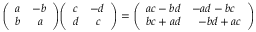
{ \left( \begin{array} { l l } { a } & { - b } \\ { b } & { \; \; a } \end{array} \right) } { \left( \begin{array} { l l } { c } & { - d } \\ { d } & { \; \; c } \end{array} \right) } = { \left( \begin{array} { l l } { a c - b d } & { - a d - b c } \\ { b c + a d } & { \; \; - b d + a c } \end{array} \right) }